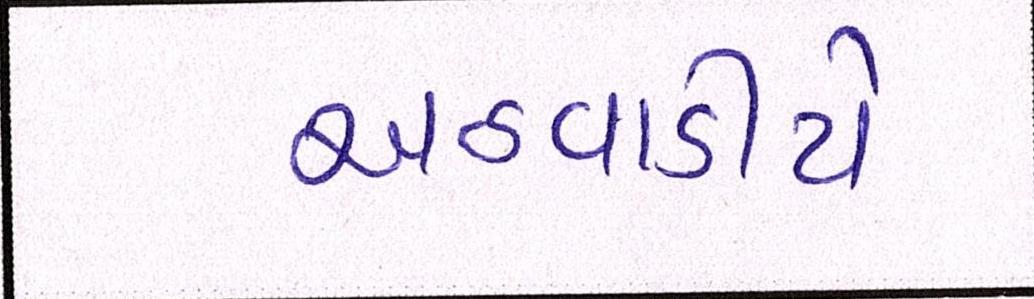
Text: અઠવાડીયે